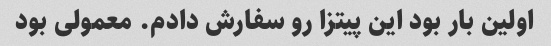
اولین بار بود این پیتزا رو سفارش دادم. معمولی بود